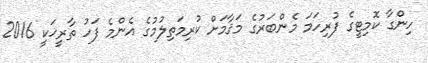
ހިންގާ ކޮމިޓީގެ ފުރިހަމަ މެންބަރުގެ މަޤާމަށް ކުރިމަތިލުމުގެ އެންމެ ފަހު ތާރީޚަކީ 2016